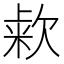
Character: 𰙒